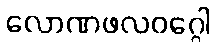
လောဏဖလဝဂ္ဂေါ